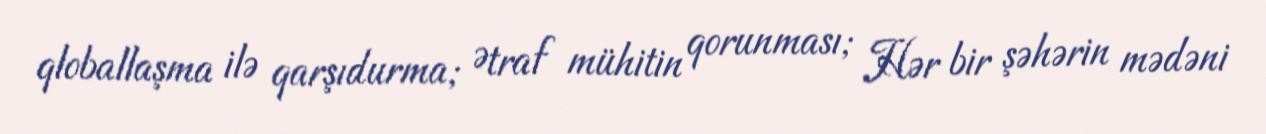
qloballaşma ilə qarşıdurma; Ətraf mühitin qorunması; Hər bir şəhərin mədəni